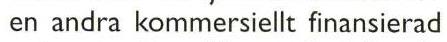
 en andra kommersiellt finansierad